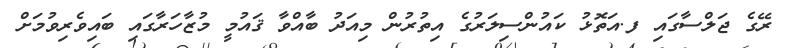
ރޭގެ ޖަލްސާގައި ފ.އަތޮޅު ކައުންސިލަރުގެ އިތުރުން މިއަދު ބާއްވާ ޤައުމީ މުޒާހަރާގައި ބައިވެރިވުމަށް